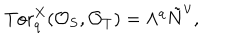
\mathrm { T o r } _ { q } ^ { X } ( { \cal O } _ { S } , { \cal O } _ { T } ) = \Lambda ^ { q } \tilde { N } ^ { \vee } ,